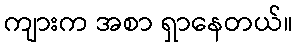
ကျားက အစာ ရှာနေတယ်။